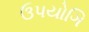
ઉપયોગિ